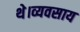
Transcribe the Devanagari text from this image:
थे।व्यवसाय